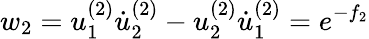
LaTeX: w_{2}=u_{1}^{(2)}\dot{u}_{2}^{(2)}-u_{2}^{(2)}\dot{u}_{1}^{(2)}=e^{-f_{2}}